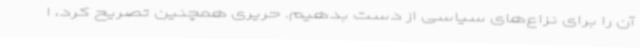
آن را برای نزاع‌های سیاسی از دست بدهیم. حریری همچنین تصریح کرد، ا